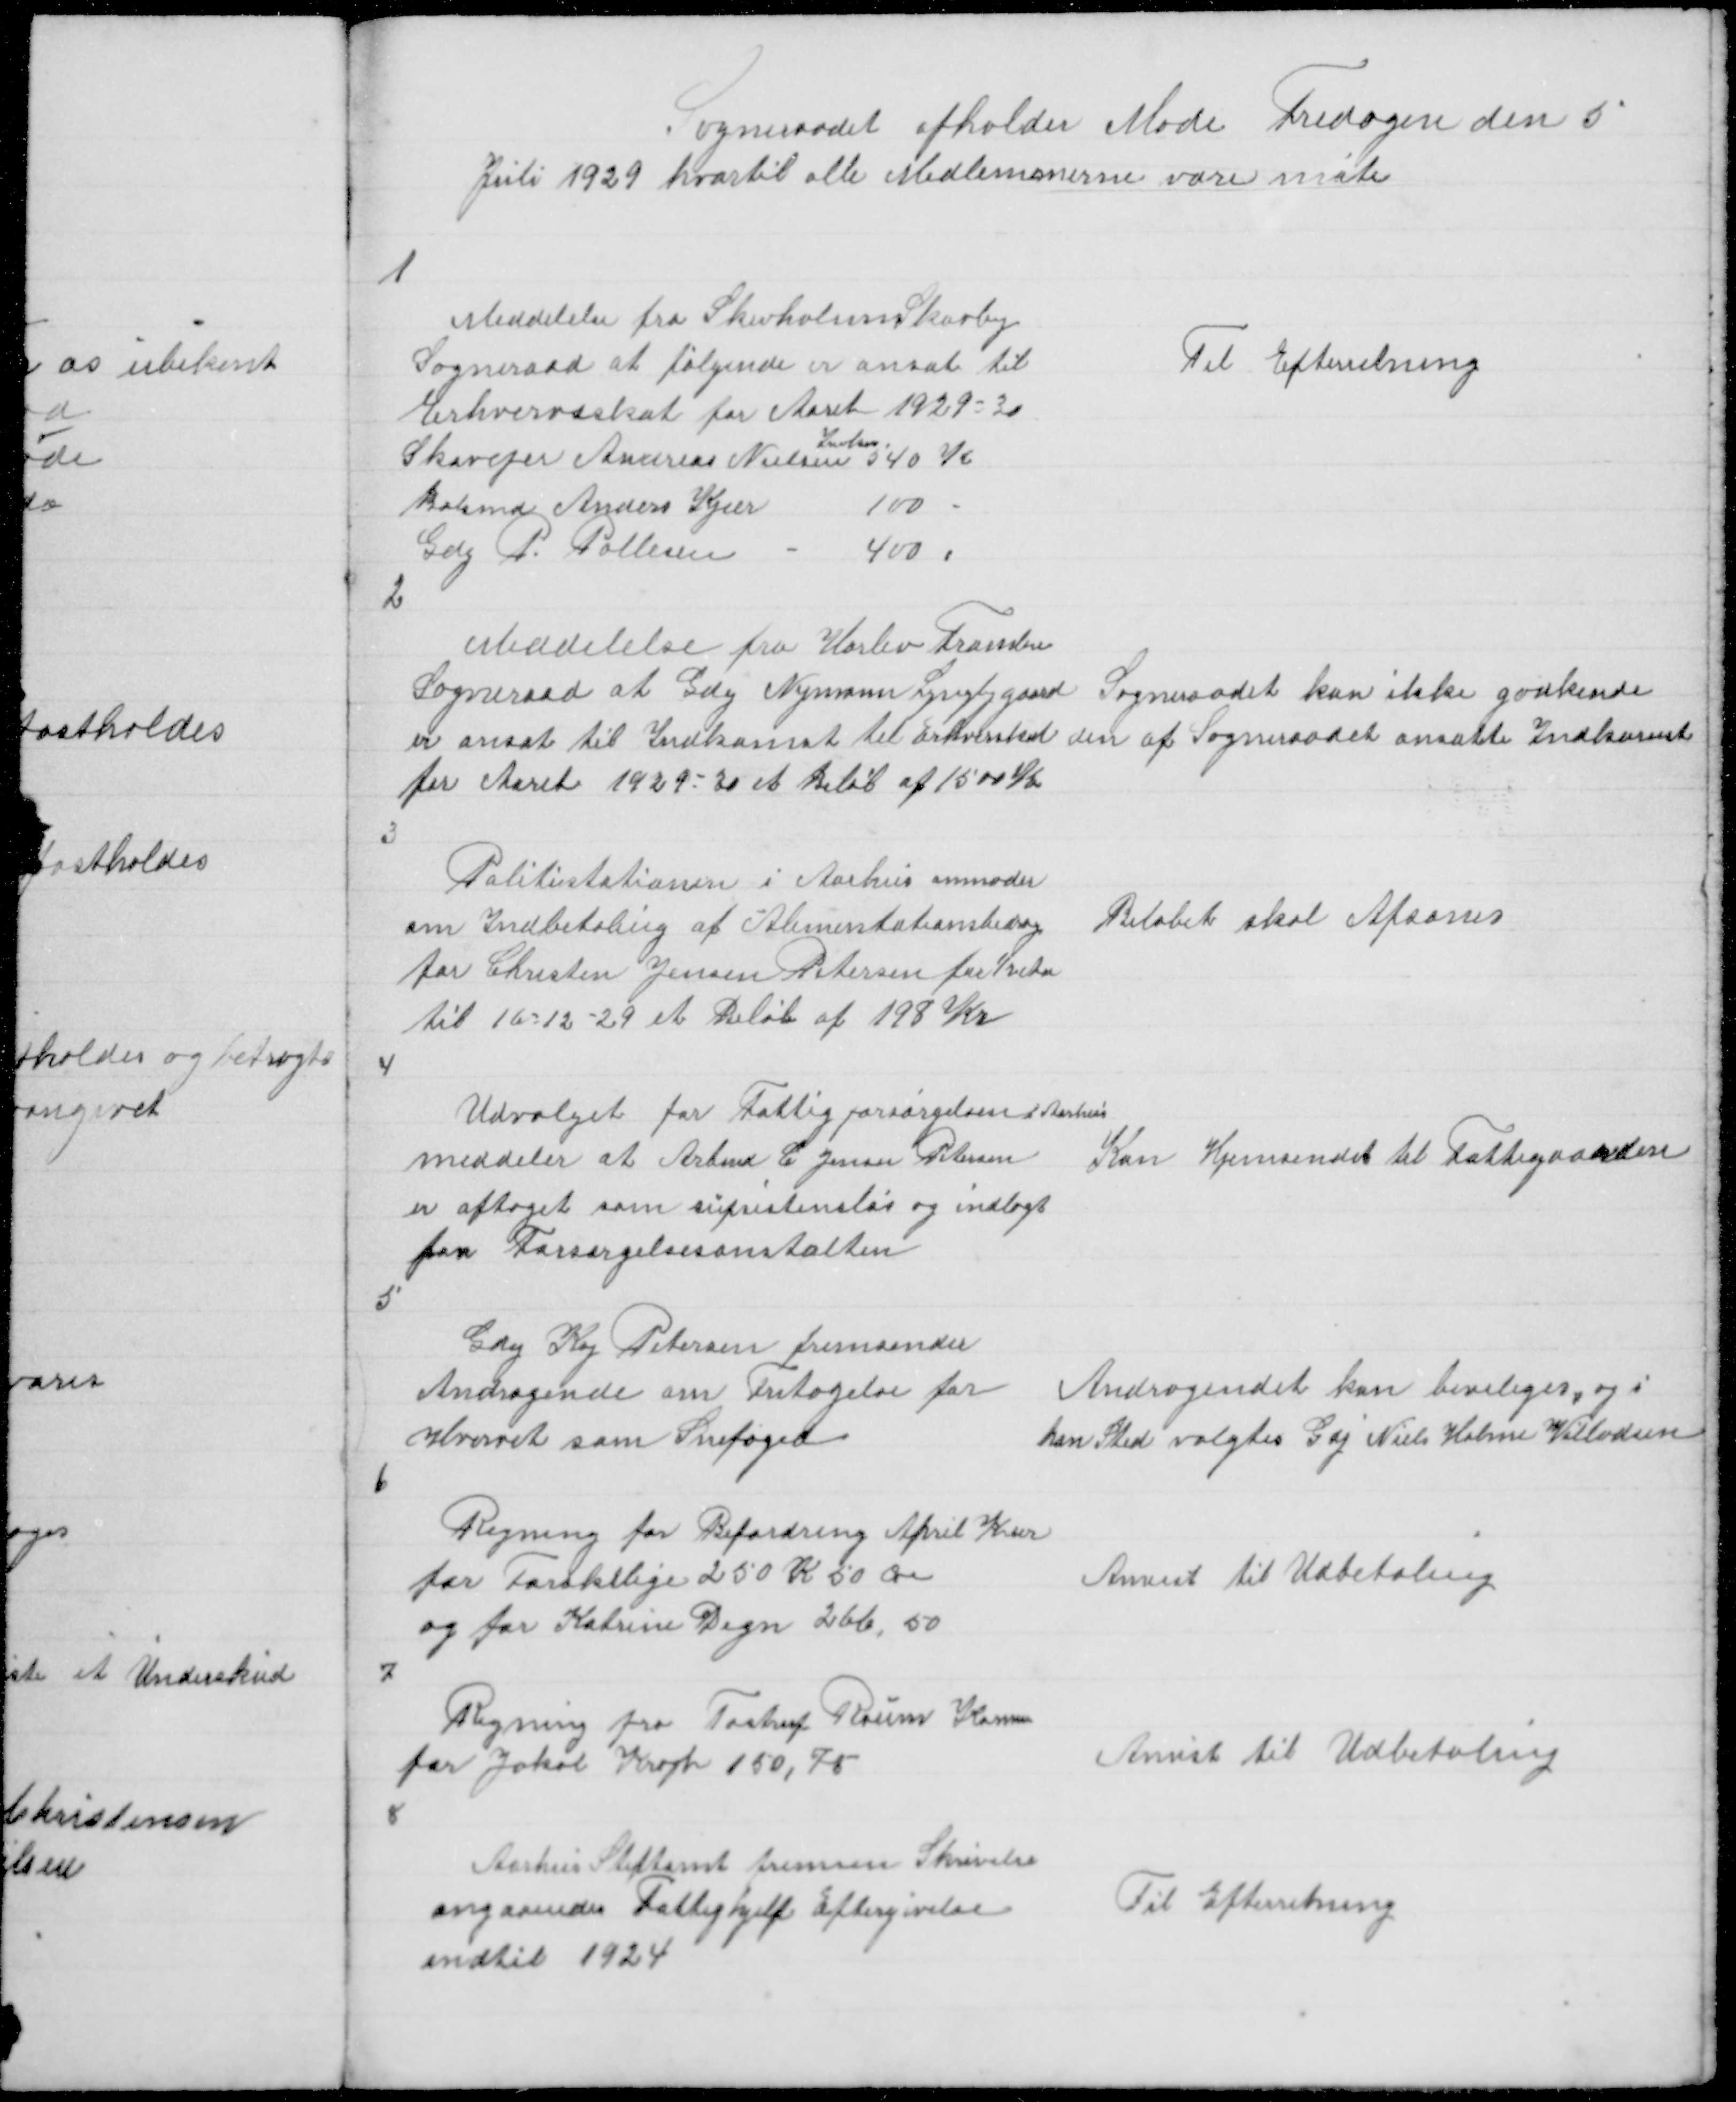
Transskription:
Sogneraadet afholder Møde Fredagen den 5
Juli 1929 hvortil alle Medlemmerne vare møte

1

Meddelelse fra Skivholme Skovby
Sogneraad at følgende er ansat til
Erhvervsskat for Aaret 1929 - 30

Skovejer Andreas Nielsen 540 K
Bolsmd Anders Kjær
100 -
Gdj P Pallesen
400,
2

Til Efterretning

Meddelelse fra Harlev Framlev
Sogneraad at Gdej Nymann Lyngbygaard Sogneraadet kan ikke godkende
er ansat til Indkomst til Erhvervsskat den af Sogneraadet ansatte Indkomst
for Aaret 1929 - 30 et Beløb af 1500 Kr

3

Politistationen i Aarhus anmoder
om Indbetaling af Alimentationsbidrag
for Chresten Jensen Petersen for ½ Aar
til 16 - 12 - 29 et Beløb af 198 Kr

Beløbet skal Afsones

4

Udvalget for Fattigforsørgelsen i Aarhus
meddeler at Arbmd C Jensen Petersen
Kan Hjemsendes til Fattigaarden
er optaget som supsistensløs og indlagt
paa Forsørgelsesanstalten

5

Gdej Kaj Petersen fremsender
Andragende om Fritagelse for
Hvervet som Snefoged

Andragendet kan beviliges, og i
han Sted valgtes Gdj Niels Holme Villadsen

6

Regning for Befordring April Kvar
for Forskelige 250 K 50 Øre
og for Katrine Degn 266,50

Anvist til Udbetaling

7

Regning fra Tostrup Roum Komm
for Jakob Krogh 150,75

Anvist til Udbetaling

8

Aarhus Stiftamt fremsender Skrivelse
angaaendes Fattighjelp Eftergivelse
indtil 1924

Til Efterretning